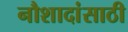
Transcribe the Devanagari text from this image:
नौशादांसाठी